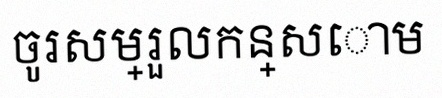
ចូរសម្រួលកន្សោម